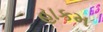
હાકમ